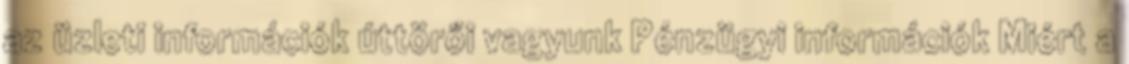
az üzleti információk úttörői vagyunk Pénzügyi információk Miért a